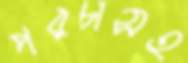
পরচাসহ